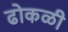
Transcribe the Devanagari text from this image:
ढोकळी